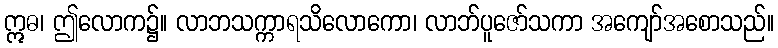
ဣဓ၊ ဤလောက၌။ လာဘသက္ကာရသိလောကော၊ လာဘ်ပူဇော်သကာ အကျော်အစောသည်။